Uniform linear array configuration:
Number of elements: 48
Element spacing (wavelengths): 1
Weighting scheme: uniform
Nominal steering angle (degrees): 0
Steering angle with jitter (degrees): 1.501
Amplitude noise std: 0.05
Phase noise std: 0.05

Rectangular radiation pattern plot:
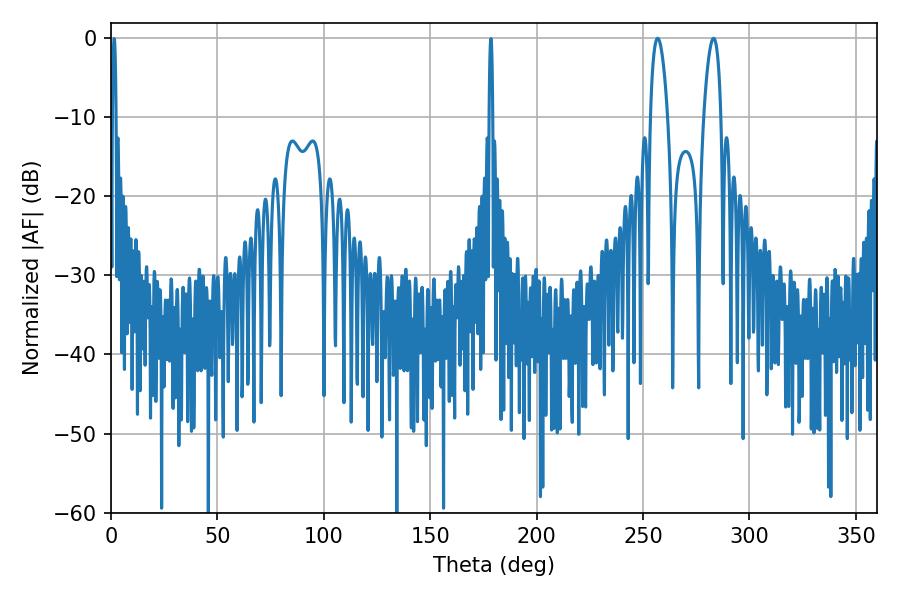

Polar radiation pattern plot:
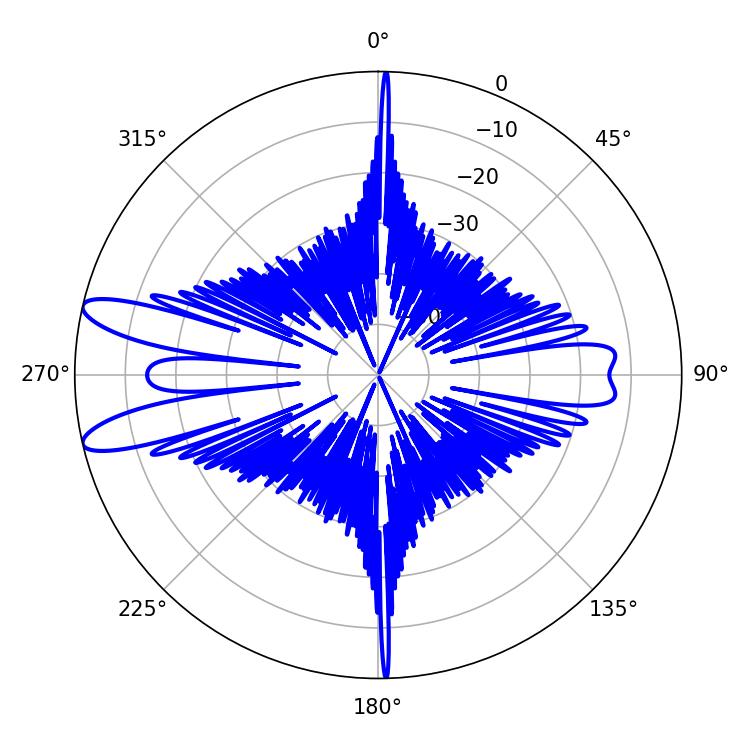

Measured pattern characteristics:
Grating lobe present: TRUE
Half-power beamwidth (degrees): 4.5
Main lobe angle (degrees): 256.86